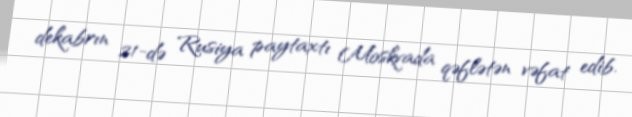
dekabrın 21-də Rusiya paytaxtı Moskvada qəflətən vəfat edib.